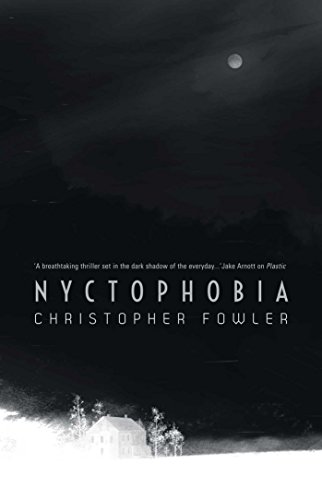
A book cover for Nyctophobia; Christopher Fowler; Literature & Fiction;